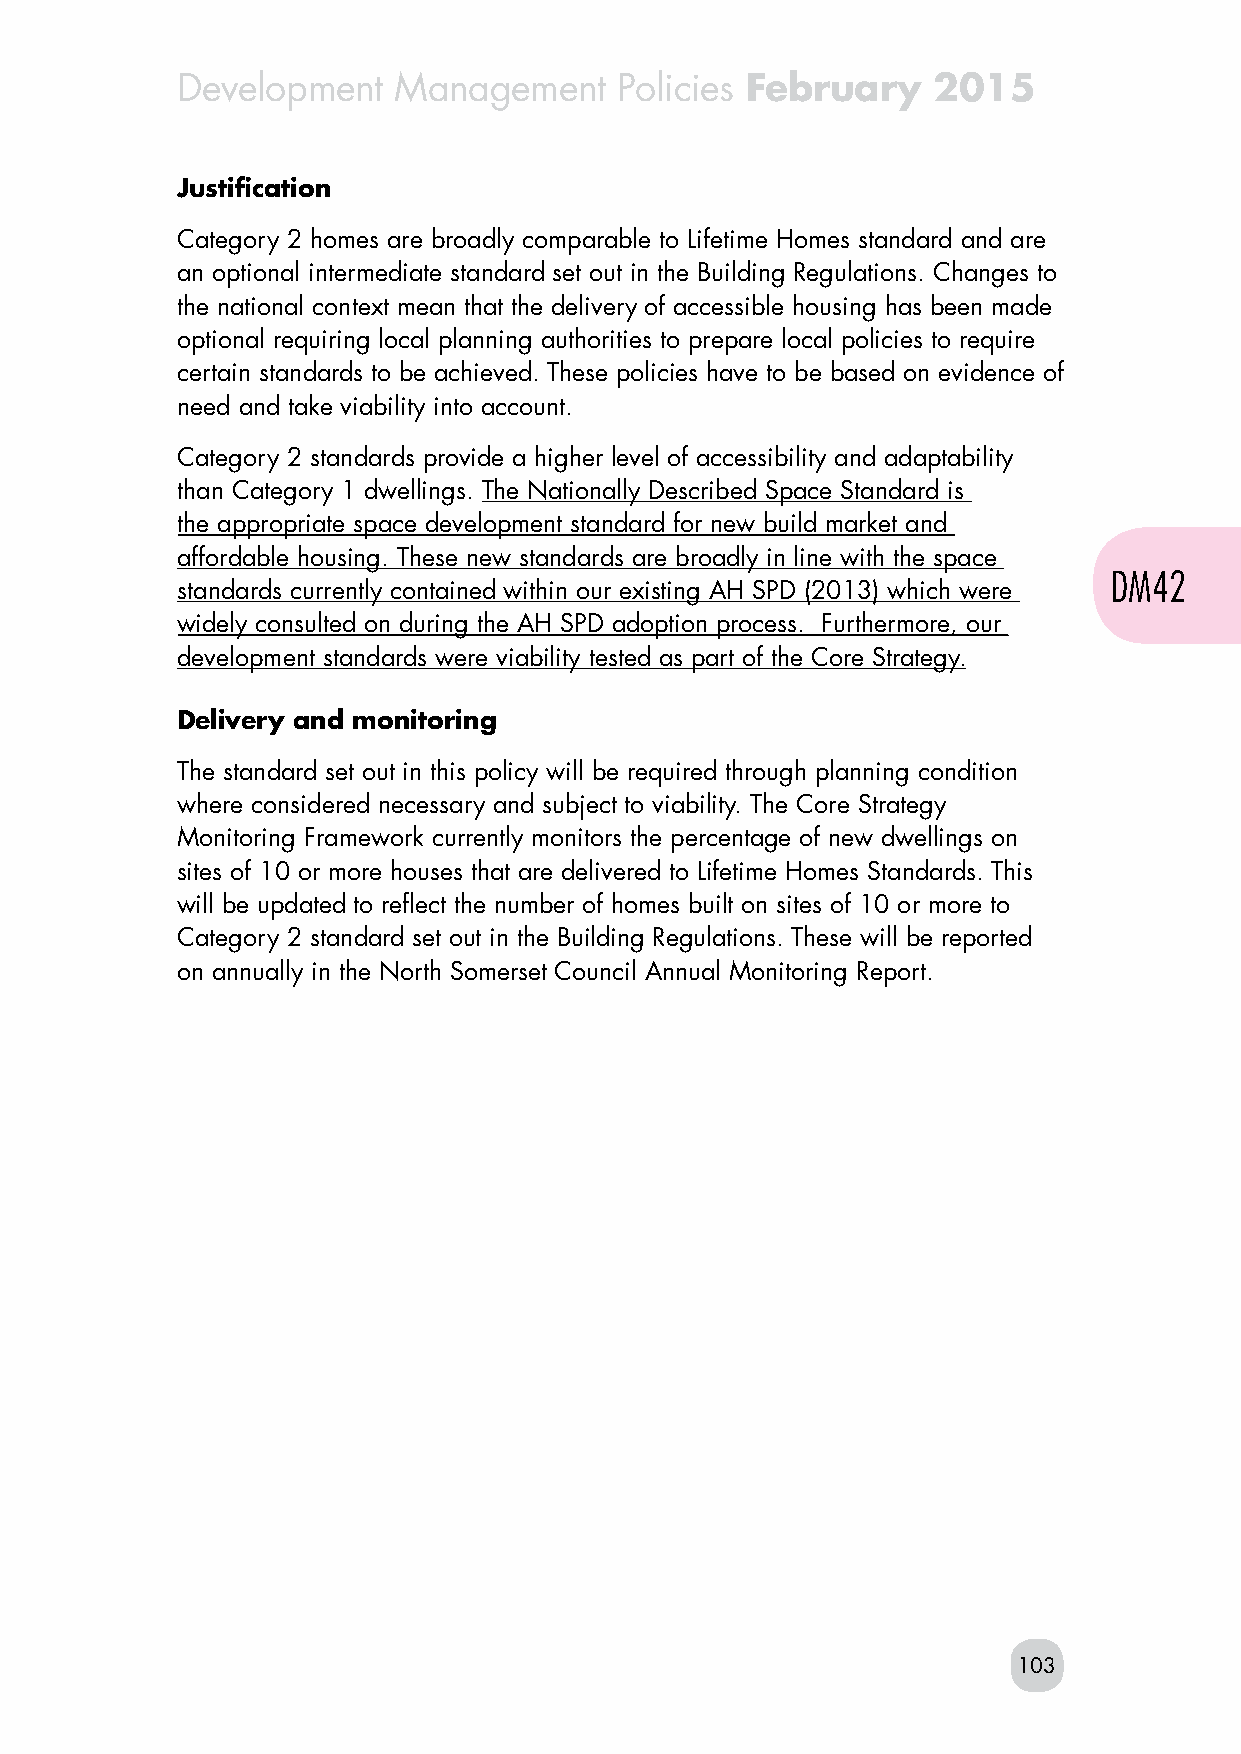
Development   Management     Policies February    2015
 Justification
 Category 2 homes are broadly comparable to Lifetime Homes standard and are
 an optional intermediate standard set out in the Building Regulations. Changes to
 the national context mean that the delivery of accessible housing has been made
 optional requiring local planning authorities to prepare local policies to require
 certain standards to be achieved. These policies have to be based on evidence of
 need and take viability into account.
 Category 2 standards provide a higher level of accessibility and adaptability
 than Category 1 dwellings. The Nationally Described Space Standard is
 the appropriate space development standard for new build market and
 affordable housing. These new standards are broadly in line with the space
 DM42
 standards currently contained within our existing AH SPD (2013) which were
 widely consulted on during the AH SPD adoption process. Furthermore, our
 development standards were viability tested as part of the Core Strategy.
 Delivery and monitoring
 The standard set out in this policy will be required through planning condition
 where considered necessary and subject to viability. The Core Strategy
 Monitoring Framework currently monitors the percentage of new dwellings on
 sites of 10 or more houses that are delivered to Lifetime Homes Standards. This
 will be updated to reflect the number of homes built on sites of 10 or more to
 Category 2 standard set out in the Building Regulations. These will be reported
 on annually in the North Somerset Council Annual Monitoring Report.
 103